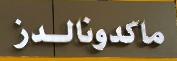
ماكدونالدز